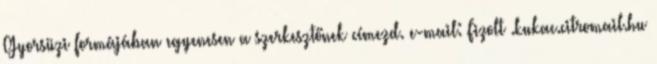
Gyorsüzi formájában egyenesen a szerkesztőnek címezd. e-mail: Fizolt .kukac.citromail.hu